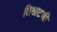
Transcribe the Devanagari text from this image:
तिखटजी